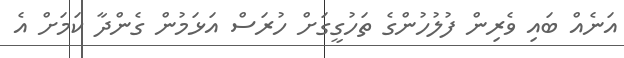
އަނެއް ބައި ވެރިން ފުލުހުންގެ ތަހުގީގަށް ހުރަސް އަޅަމުން ގެންދާ ކަމަށް އެ